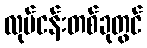
လုပ်ငန်းတစ်ခုတွင်